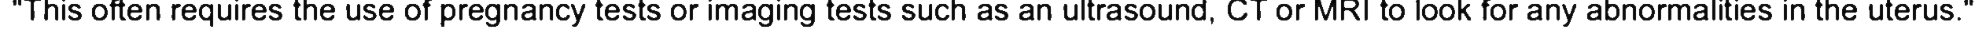
"This often requires the use of pregnancy tests or imaging tests such as an ultrasound, CT or MRI to look for any abnormalities in the uterus."